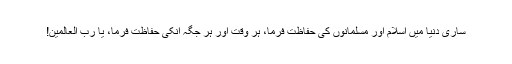
ساری دنیا میں اسلام اور مسلمانوں کی حفاظت فرما، ہر وقت اور ہر جگہ انکی حفاظت فرما، یا رب العالمین!